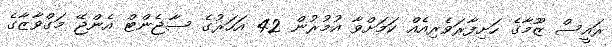
ރައީސް ޒޫމާގެ ހަށިފާރަވެރިއެއް ކަމަށްވާ އުމުރުން 42 އަހަރުގެ ސާޖެންޓް އެންޖޭ މަގްވާޒާގެ